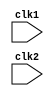
module Mips32(clk1, clk2);

input clk1, clk2;
reg [31:0] PC, IF_ID_IR, IF_ID_NPC;
reg [31:0] ID_EX_NPC, ID_EX_IR, ID_EX_A, ID_EX_B, ID_EX_IMM;
reg [2:0] ID_EX_Type, EX_MEM_Type, MEM_WB_Type;
reg [31:0] EX_MEM_IR, EX_MEM_ALUout, EX_MEM_B, EX_MEM_COND;
reg [31:0] MEM_WB_IR, MEM_WB_ALUOUT, MEM_WB_LMD;

reg [31:0] regbank[0:31];
reg [31:0] mem[0:1023];

parameter ADD = 6'b000000, SUB = 6'b000001, AND = 6'b000010, OR = 6'b000011, SLT = 6'b000100, MUL = 6'b000101, HLT = 6'b111111, LW = 6'b001000, SW = 6'b001001, ADDI = 6'b001010, SUBI = 6'b001011, SLTI = 6'b001100, BNEQZ = 6'b001101, BEQZ = 6'b001110;
parameter RR_ALU = 3'b000, RM_ALU = 3'b001, LOAD = 3'b010, STORE = 3'b011, BRANCH = 3'b100, HALT = 3'b101;

reg HALTED;
reg TAKEN_BRANCH;

// IF stage
always @(posedge clk1)
begin
    if (HALTED == 0)
    begin
        if (((EX_MEM_IR[31:26]) == BEQZ && EX_MEM_COND == 1) || ((EX_MEM_IR[31:26]) == BNEQZ && EX_MEM_COND == 0))
        begin
            IF_ID_IR <= #2 mem[EX_MEM_ALUout];
            TAKEN_BRANCH <= #2 1'b1;
            IF_ID_NPC <= #2 EX_MEM_ALUout + 1;
            PC <= #2 EX_MEM_ALUout + 1;
        end
        else
        begin
            IF_ID_IR <= #2 mem[PC];
            IF_ID_NPC <= #2 PC + 1;
            PC <= #2 PC + 1;
        end
    end
end

// ID Stage
always @(posedge clk2)
begin
    if (HALTED == 0)
    begin
        if (IF_ID_IR[25:21] == 5'b00000) ID_EX_A <= 0;
        else ID_EX_A <= #2 regbank[IF_ID_IR[25:21]];

        if (IF_ID_IR[20:16] == 5'b00000) ID_EX_B <= 0;
        else ID_EX_B <= #2 regbank[IF_ID_IR[20:16]];

        ID_EX_NPC <= #2 IF_ID_NPC;
        ID_EX_IR <= #2 IF_ID_IR;
        ID_EX_IMM <= #2 {{16{IF_ID_IR[15]}}, {IF_ID_IR[15:0]}};

        case(IF_ID_IR[31:26])
            ADD, SUB, AND, OR, SLT, MUL : ID_EX_Type <= #2 RR_ALU;
            ADDI, SUBI, SLTI : ID_EX_Type <= #2 RR_ALU;
            LW : ID_EX_Type <= #2 LOAD;
            SW : ID_EX_Type <= #2 STORE;
            BNEQZ, BEQZ : ID_EX_Type <= #2 BRANCH;
            HLT : ID_EX_Type <= #2 HALT;
            default : ID_EX_Type <= #2 HALT;
        endcase
    end
end

// EX Stage
always @(posedge clk1)
begin
    if (HALTED == 0)
    begin
        EX_MEM_Type <= #2 ID_EX_Type;
        EX_MEM_IR <= #2 ID_EX_IR;
        TAKEN_BRANCH <= #2 0;

        case (ID_EX_Type)
            RR_ALU:
                begin
                    case (ID_EX_IR[31:26])
                        ADD: EX_MEM_ALUout <= #2 ID_EX_A + ID_EX_B;
                        SUB: EX_MEM_ALUout <= #2 ID_EX_A - ID_EX_B;
                        AND: EX_MEM_ALUout <= #2 ID_EX_A & ID_EX_B;
                        OR: EX_MEM_ALUout <= #2 ID_EX_A | ID_EX_B;
                        SLT: EX_MEM_ALUout <= #2 ID_EX_A < ID_EX_B;
                        MUL: EX_MEM_ALUout <= #2 ID_EX_A * ID_EX_B;
                        default: EX_MEM_ALUout <= #2 32'hxxxxxxxx;
                    endcase
                end

            RM_ALU:
                begin
                    case (ID_EX_IR[31:26])
                        ADDI: EX_MEM_ALUout <= #2 ID_EX_A + ID_EX_IMM;
                        SUBI: EX_MEM_ALUout <= #2 ID_EX_A - ID_EX_IMM;
                        SLTI: EX_MEM_ALUout <= #2 ID_EX_A < ID_EX_IMM;
                        default: EX_MEM_ALUout <= #2 32'hxxxxxxxx;
                    endcase
                end

            LOAD, STORE:
                begin
                    EX_MEM_ALUout <= #2 ID_EX_A + ID_EX_IMM;
                    EX_MEM_B <= #2 ID_EX_B;
                end

            BRANCH:
                begin
                    EX_MEM_ALUout <= #2 ID_EX_NPC + ID_EX_IMM;
                    EX_MEM_COND <= #2 (ID_EX_A == 0);
                end
        endcase
    end
end

// Mem Stage
always @(posedge clk2)
begin
    if (HALTED == 0)
    begin
        MEM_WB_Type <= #2 EX_MEM_Type;
        MEM_WB_IR <= #2 EX_MEM_IR;

        case (EX_MEM_Type)
            RR_ALU, RM_ALU:
                MEM_WB_ALUOUT <= #2 EX_MEM_ALUout;

            LOAD:
                MEM_WB_ALUOUT <= #2 mem[EX_MEM_ALUout];

            STORE:
                if (TAKEN_BRANCH == 0)
                    mem[EX_MEM_ALUout] <= #2 EX_MEM_B;
        endcase
    end
end

always @(posedge clk1)
begin
    if (TAKEN_BRANCH == 0)
    begin
        case (MEM_WB_Type)
            RR_ALU:
                regbank[MEM_WB_IR[15:11]] <= #2 MEM_WB_ALUOUT;
            RM_ALU:
                regbank[MEM_WB_IR[20:16]] <= #2 MEM_WB_ALUOUT;
            LOAD:
                regbank[MEM_WB_IR[20:16]] <= #2 MEM_WB_LMD;
            HALT:
                HALTED <= #2 1'b1;
        endcase
    end
end

endmodule